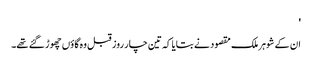
'
ان کے شوہر ملک مقصود نے بتایا کہ تین چار روز قبل وہ گاؤں چھوڑ گئے تھے۔